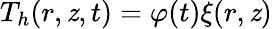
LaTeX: T_{h}(r,\mathit{z},t)=\varphi(t)\xi(r,\mathit{z})